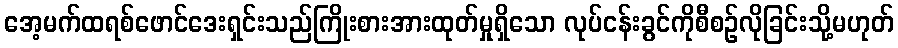
အေ့မက်ထရစ်ဖောင်ဒေးရှင်းသည်ကြိုးစားအားထုတ်မှုရှိသော လုပ်ငန်းခွင်ကိုစီစဉ်လိုခြင်းသို့မဟုတ်